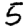
Digit: 5